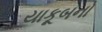
યાકૂબનો